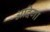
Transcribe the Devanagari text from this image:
अदिगा